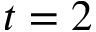
t = 2